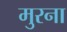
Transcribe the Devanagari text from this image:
मुरना